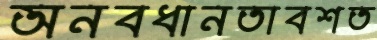
অনবধানতাবশত